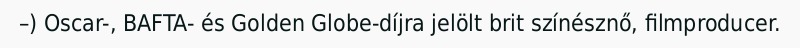
–) Oscar-, BAFTA- és Golden Globe-díjra jelölt brit színésznő, filmproducer.